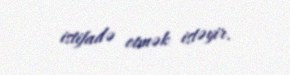
istifadə etmək istəyir.